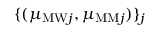
\{ ( \mu _ { \mathrm { M W } j } , \mu _ { \mathrm { M M } j } ) \} _ { j }